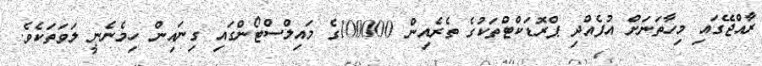
ރާއްޖޭގައި މިހާތަނަށް އުފެއްދި ޕްރޮޑަކްޓްތަކުގެ ތެރެއިން 100000ގެ މައިލްސްޓޯންގައި ގިނައިން ހިމެނެނީ ލަވަތަކެވެ.